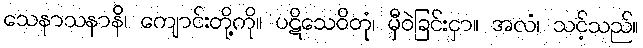
သေနာသနာနိ၊ ကျောင်းတို့ကို။ ပဋိသေဝိတုံ၊ မှီဝဲခြင်းငှာ။ အလံ၊ သင့်သည်။